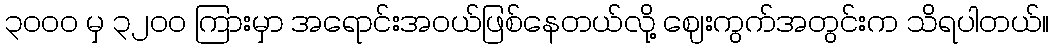
၃၀၀၀ မှ ၃၂၀၀ ကြားမှာ အရောင်းအဝယ်ဖြစ်နေတယ်လို့ ဈေးကွက်အတွင်းက သိရပါတယ်။